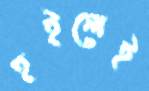
হইলেই